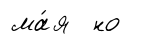
ма́я но